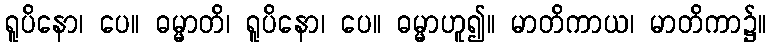
ရူပိနော၊ ပေ။ ဓမ္မာတိ၊ ရူပိနော၊ ပေ။ ဓမ္မာဟူ၍။ မာတိကာယ၊ မာတိကာ၌။